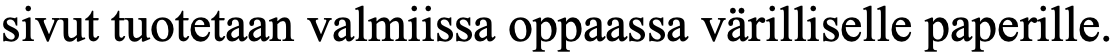
sivut tuotetaan valmiissa oppaassa värilliselle paperille.